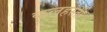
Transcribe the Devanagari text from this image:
कलहस्ती